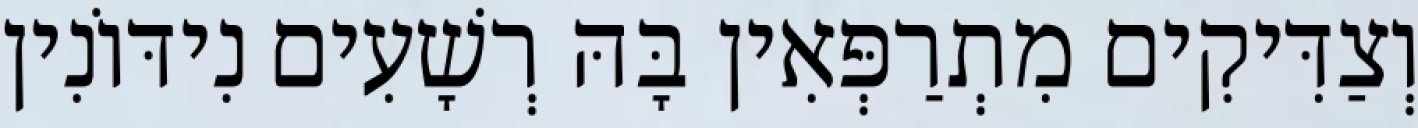
וְצַדִּיקִים מִתְרַפְּאִין בָּהּ רְשָׁעִים נִידּוֹנִין